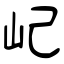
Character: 屺